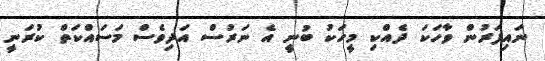
ނައިފަރުން ވާހަކަ ދެއްކި މީހަކު ބުނީ އެ ނަރުސް އަދިވެސް މަސައްކަތް ކުރަނީ